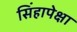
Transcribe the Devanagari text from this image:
सिंहापेक्षा